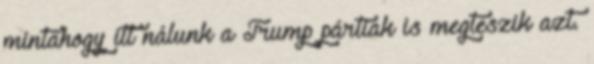
mintahogy itt nálunk a Trump pártiak is megteszik azt.